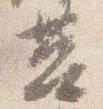
莒